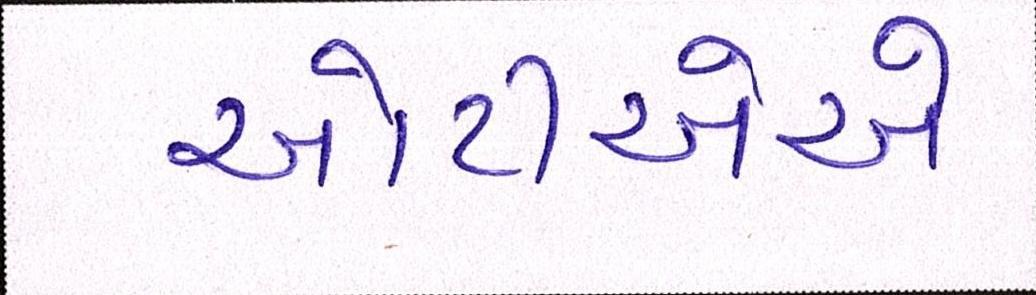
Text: ઓટીએએ